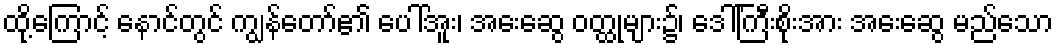
ထို့ကြောင့် နောင်တွင် ကျွန်တော်၏ ပေါ်အူး၊ အေးဆွေ ဝတ္ထုများ၌၊ ဒေါ်ကြီးစိုးအား အေးဆွေ မည်သော